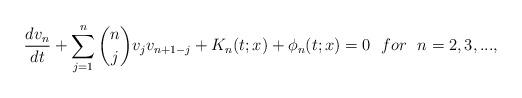
LaTeX: \begin{align*}\frac{dv_n}{dt}+\sum^n_{j=1}\binom{n}{j}v_jv_{n+1-j}+K_n(t; x)+\phi_n(t; x)=0~~for~~n=2,3,...,\end{align*}